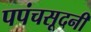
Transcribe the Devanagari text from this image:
पपंचसूदनी